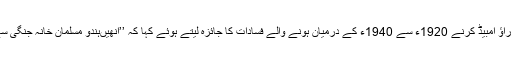
ڈاکٹر بابا صاحب بھیم راؤ امبیڈ کرنے 1920ء سے 1940ء کے درمیان ہونے والے فسادات کا جائزہ لیتے ہوئے کہا کہ ’’انھیںہندو مسلمان خانہ جنگی سے تعبیر کرنا چاہیے‘‘۔